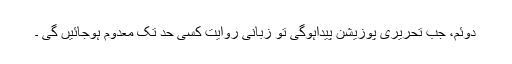
دوئم، جب تحریری پوزیشن پیداہوگی تو زبانی روایت کسی حد تک معدوم ہوجائیں گی ۔